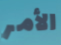
الأمر